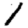
Digit: 1